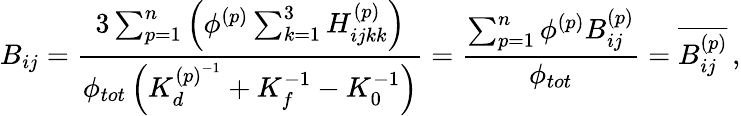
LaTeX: B_{ij}=\frac{3\sum_{p=1}^{n}\left(\phi^{(p)}\sum_{k=1}^{3}H_{ijkk}^{(p)}\right)}{\phi_{tot}\left(K_{d}^{{(p)}^{-1}}+K_{f}^{-1}-K_{0}^{-1}\right)}=\frac{\sum_{p=1}^{n}\phi^{(p)}B_{ij}^{(p)}}{\phi_{tot}}=\overline{{B_{ij}^{(p)}}}\, ,